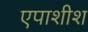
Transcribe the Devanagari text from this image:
एपाशीश